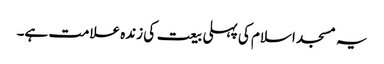
یہ مسجد اسلام کی پہلی بیعت کی زندہ علامت ہے۔